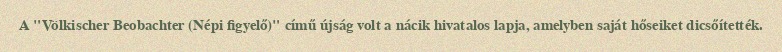
A "Völkischer Beobachter (Népi figyelő)" című újság volt a nácik hivatalos lapja, amelyben saját hőseiket dicsőítették.